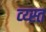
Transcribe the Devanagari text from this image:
व्य्स्त